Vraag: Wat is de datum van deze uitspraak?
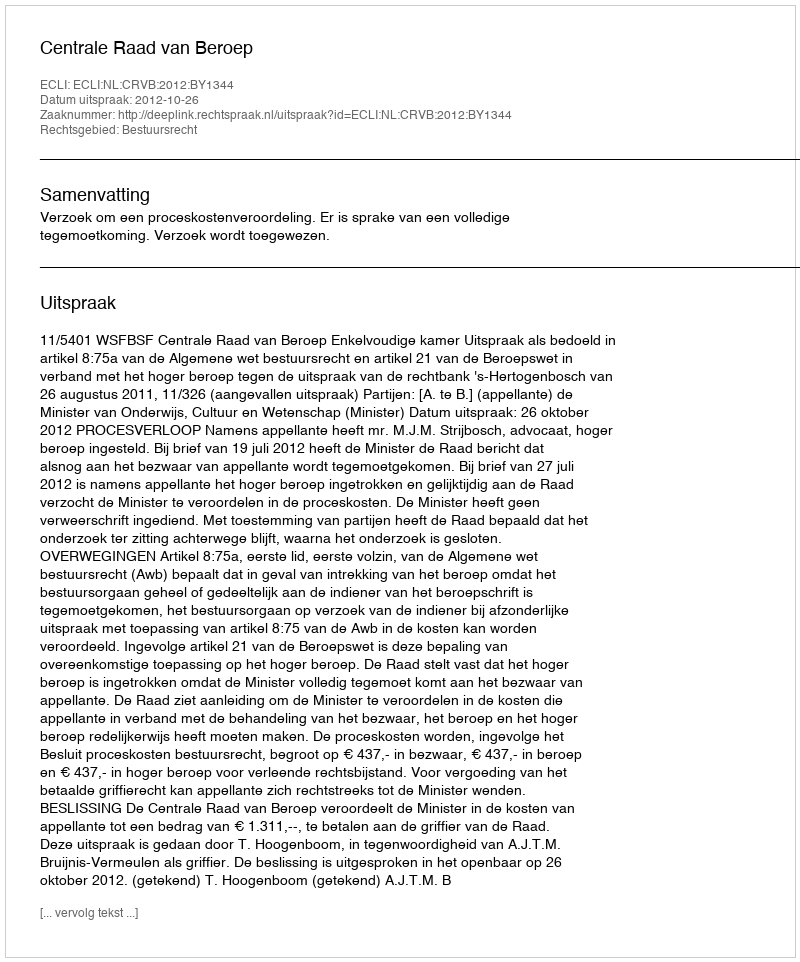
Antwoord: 2012-10-26